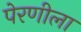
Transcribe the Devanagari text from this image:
पेरणीला